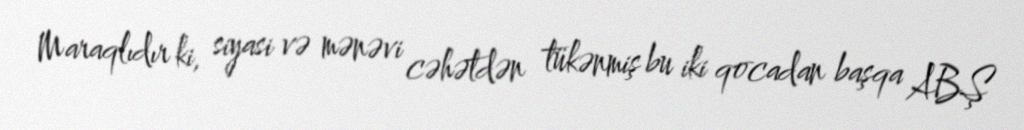
Maraqlıdır ki, siyasi və mənəvi cəhətdən tükənmiş bu iki qocadan başqa ABŞ